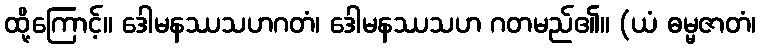
ထို့ကြောင့်။ ဒေါမနဿသဟဂတံ၊ ဒေါမနဿသဟ ဂတမည်၏။ (ယံ ဓမ္မဇာတံ၊